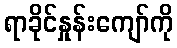
ရာခိုင်နှုန်းကျော်ကို